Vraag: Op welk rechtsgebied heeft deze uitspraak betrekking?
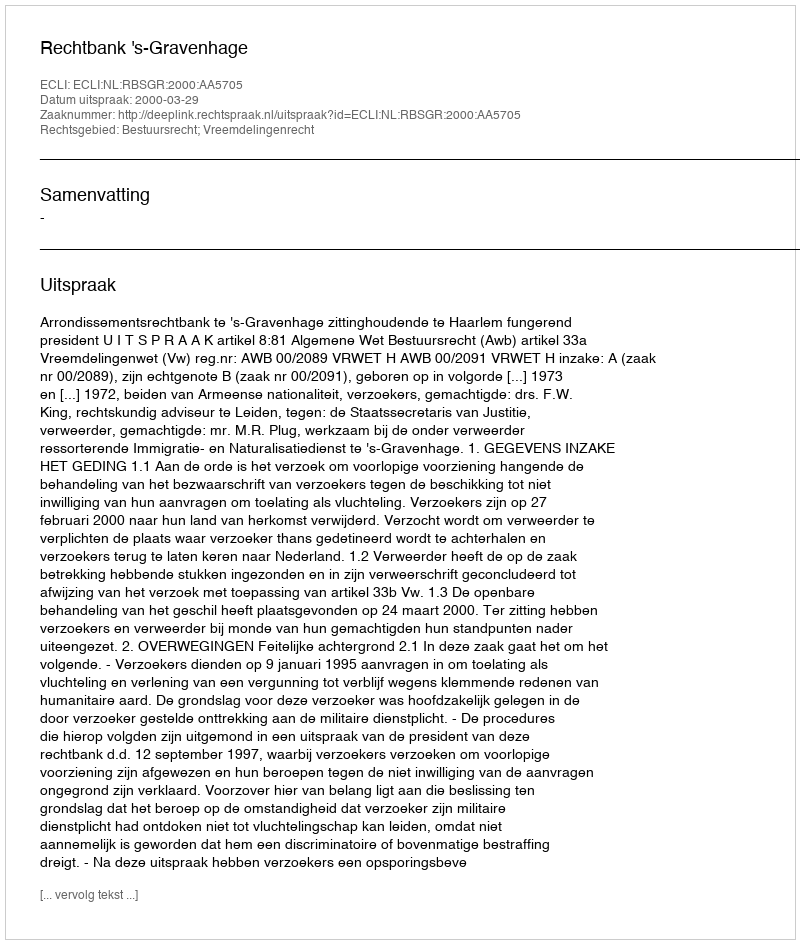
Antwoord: Bestuursrecht; Vreemdelingenrecht